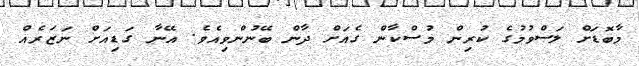
މާބޮޑަށް ލަސްވުމުގެ ކުރިން މުސްކާން ގެއަށް ދާން ބޭނުންވިއެވެ. އޭނާ ގަޑިއަށް ނަޒަރެއް